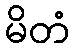
မိတံ